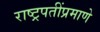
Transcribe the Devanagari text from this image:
राष्ट्रपतींप्रमाणे